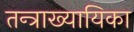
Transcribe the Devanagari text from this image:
तन्त्राख्यायिका